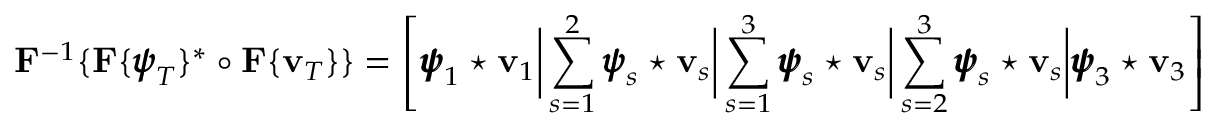
{ \bf F } ^ { - 1 } \{ { \bf F } \{ { \pmb { \psi } } _ { T } \} ^ { * } \circ { \bf F } \{ { \bf v } _ { T } \} \} = \left[ { \pmb { \psi } } _ { 1 } \star { \bf v } _ { 1 } \biggr \rvert \sum _ { s = 1 } ^ { 2 } { \pmb { \psi } } _ { s } \star { \bf v } _ { s } \biggr \rvert \sum _ { s = 1 } ^ { 3 } { \pmb { \psi } } _ { s } \star { \bf v } _ { s } \biggr \rvert \sum _ { s = 2 } ^ { 3 } { \pmb { \psi } } _ { s } \star { \bf v } _ { s } \biggr \rvert { \pmb { \psi } } _ { 3 } \star { \bf v } _ { 3 } \right]